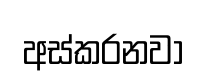
අස්කරනවා